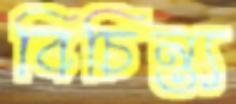
বিচিন্ত্য